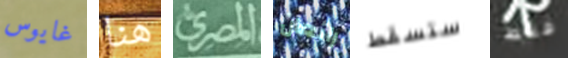
غايوس هنا المصرى رائعان ستسقط فقط